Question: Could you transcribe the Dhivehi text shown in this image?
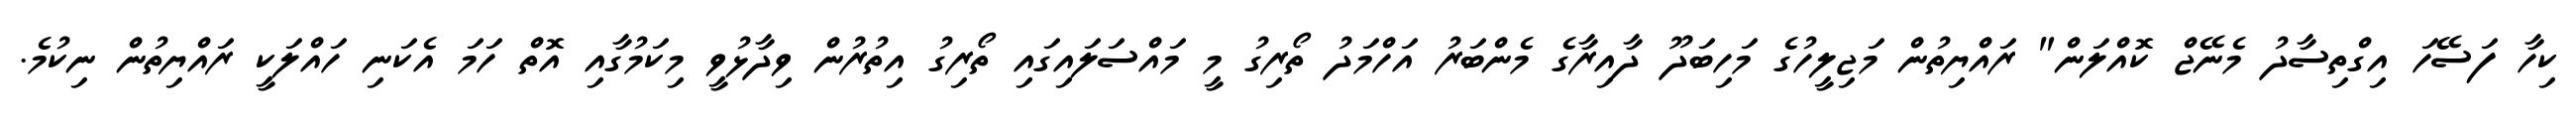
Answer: ކިހާ ފަސޭހަ އިގްތިސާދު މެނޭޖް ކޮއްލަން" ރައްޔިތުން މަޖިލީހުގެ މަހިބަދޫ ދާއިރާގެ މެންބަރު އަހްމަދު ތޯރިގު މީ މައްސަލައިގައި ތޯރިގު އިތުރުން ވިދާޅުވީ މިކަމުގާއި އޮތް ހަމަ އެކަނި ހައްލަކީ ރައްޔިތުން ނިކުމެ.